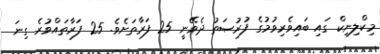
މިކްލިނިކް ގައި ބައިވެރިވުމުގެ ފުރުޞަތު ދެވޭނީ 25 ފަރާތަށެވެ. 25 ފަރާތައްވުރެ ގިނަ